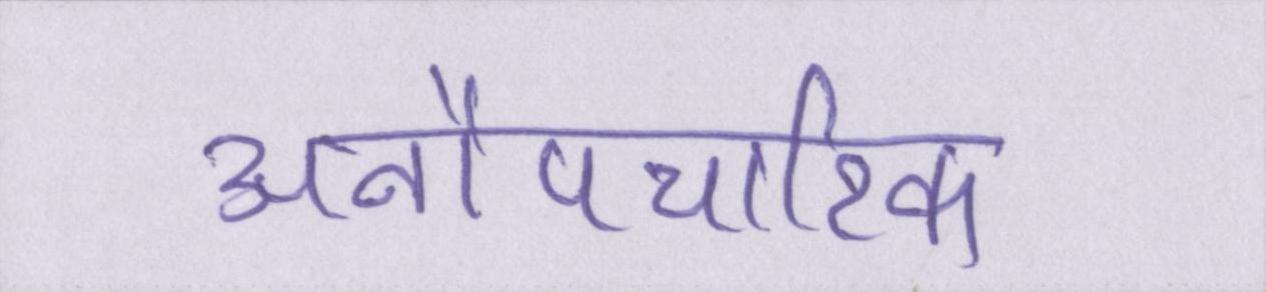
अनौपचारिक